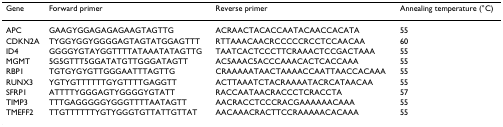
<table><thead><tr><td><b>Gene</b></td><td><b>Forward primer</b></td><td><b>Reverse primer</b></td><td><b>Annealing temperature (°C)</b></td></tr></thead><tbody><tr><td>APC</td><td>GAAGYGGAGAGAGAAGTAGTTG</td><td>ACRAACTACACCAATACAACCACATA</td><td>55</td></tr><tr><td>CDKN2A</td><td>TYGGYGGYGGGGAGTAGTATGGAGTTT</td><td>RTTAAACAACRCCCCCRCCTCCAACAA</td><td>60</td></tr><tr><td>ID4</td><td>GGGGYGTAYGGTTTTATAAATATAGTTG</td><td>TAATCACTCCCTTCRAAACTCCGACTAAA</td><td>55</td></tr><tr><td>MGMT</td><td>5G5GTTT5GGATATGTTGGGATAGTT</td><td>AC5AAAC5ACCCAAACACTCACCAAA</td><td>55</td></tr><tr><td>RBP1</td><td>TGTGYGYGTTGGGAATTTAGTTG</td><td>CRAAAAATAACTAAAACCAATTAACCACAAA</td><td>55</td></tr><tr><td>RUNX3</td><td>YGTYGTTTTTTGYGTTTTGAGGTT</td><td>ACTTAAATCTACRAAAATACRCATAACAA</td><td>55</td></tr><tr><td>SFRP1</td><td>ATTTTYGGGAGTYGGGGYGTATT</td><td>RACCAATAACRACCCTCRACCTA</td><td>57</td></tr><tr><td>TIMP3</td><td>TTTGAGGGGGYGGGTTTTAATAGTT</td><td>AACRACCTCCCRACGAAAAAACAAA</td><td>55</td></tr><tr><td>TMEFF2</td><td>TTGTTTTTTYGTYGGGTGTTATTGTTAT</td><td>AACAAACRACTTCCRAAAAACACAAA</td><td>55</td></tr></tbody></table>